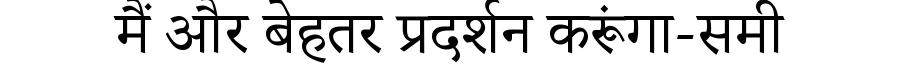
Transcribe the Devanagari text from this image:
मैं और बेहतर प्रदर्शन करूंगा-समी